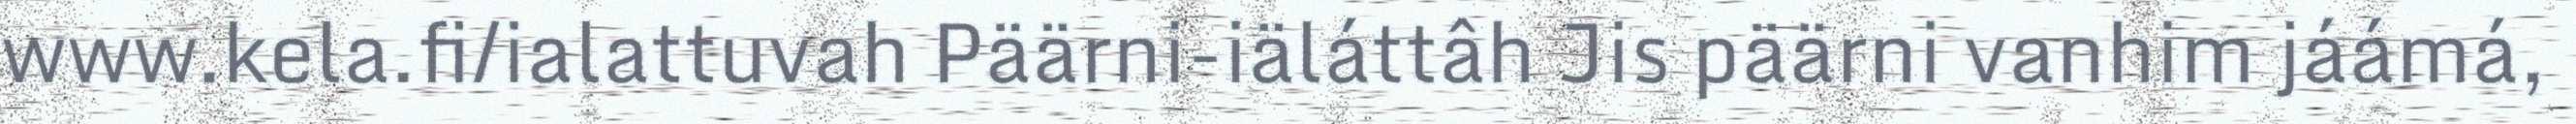
www.kela.fi/ialattuvah Päärni-iäláttâh Jis päärni vanhim jáámá,